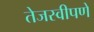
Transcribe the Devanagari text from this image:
तेजस्वीपणे